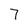
Character: 7